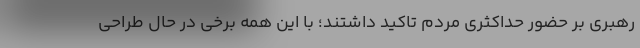
رهبری بر حضور حداکثری مردم تاکید داشتند؛ با این همه برخی در حال طراحی